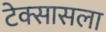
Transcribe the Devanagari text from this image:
टेक्सासला